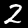
Digit: 2